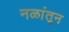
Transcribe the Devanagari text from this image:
नळांतून